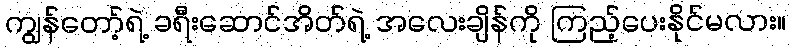
ကျွန်တော့်ရဲ့ ခရီးဆောင်အိတ်ရဲ့ အလေးချိန်ကို ကြည့်ပေးနိုင်မလား။